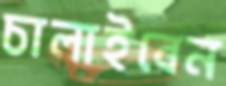
চালাইবেন